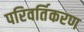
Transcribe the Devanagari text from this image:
परिवर्तिकरण